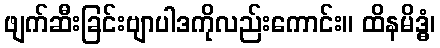
ဖျက်ဆီးခြင်းဗျာပါဒကိုလည်းကောင်း။ ထိနမိဒ္ဓံ၊